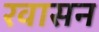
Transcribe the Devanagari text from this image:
रवासन